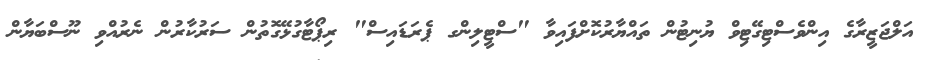
އަލްޖަޒީރާގެ އިންވެސްޓިގޭޓިވް ޔުނިޓުން ތައްޔާރުކޮށްފައިވާ "ސްޓީލިންގ ޕެރަޑައިސް" ރިޕޯޓާގުޅޭގޮތުން ސަރުކާރުން ނެރުއްވި ނޫސްބަޔާން